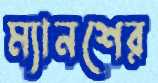
ম্যানশের